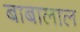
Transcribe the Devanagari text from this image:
बाबालाल